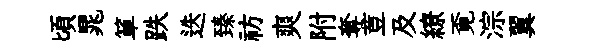
頃晁箪跌迭臻祊爽附奪荳及繚覔淙翼